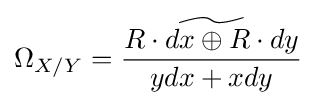
\Omega _{X/Y}={\widetilde {\frac {R\cdot dx\oplus R\cdot dy}{ydx+xdy}}}